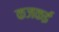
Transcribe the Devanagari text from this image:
कजकई